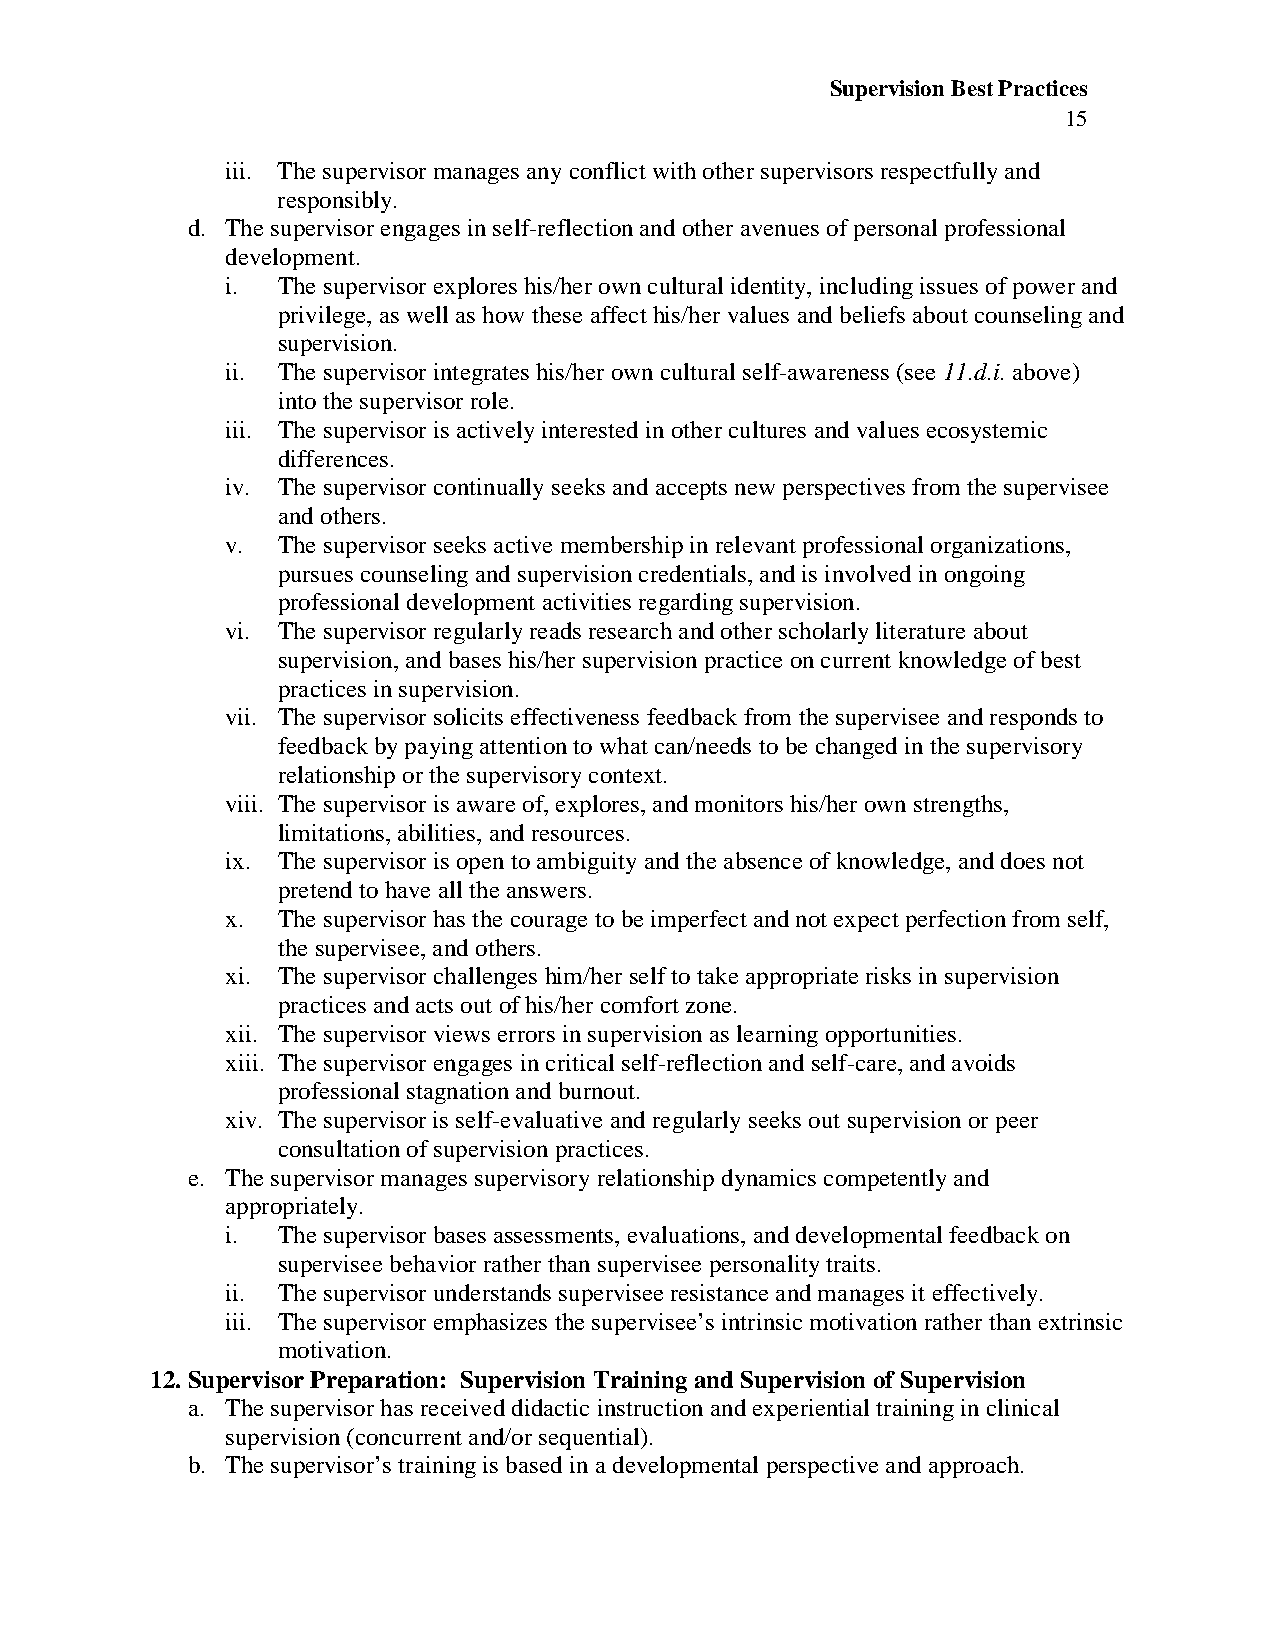
Supervision Best Practices
 15
 iii. The supervisor manages any conflict with other supervisors respectfully and
 responsibly.
 d. The supervisor engages in self-reflection and other avenues of personal professional
 development.
 i. The supervisor explores his/her own cultural identity, including issues of power and
 privilege, as well as how these affect his/her values and beliefs about counseling and
 supervision.
 ii. The supervisor integrates his/her own cultural self-awareness (see 11.d.i. above)
 into the supervisor role.
 iii. The supervisor is actively interested in other cultures and values ecosystemic
 differences.
 iv. The supervisor continually seeks and accepts new perspectives from the supervisee
 and others.
 v. The supervisor seeks active membership in relevant professional organizations,
 pursues counseling and supervision credentials, and is involved in ongoing
 professional development activities regarding supervision.
 vi. The supervisor regularly reads research and other scholarly literature about
 supervision, and bases his/her supervision practice on current knowledge of best
 practices in supervision.
 vii. The supervisor solicits effectiveness feedback from the supervisee and responds to
 feedback by paying attention to what can/needs to be changed in the supervisory
 relationship or the supervisory context.
 viii. The supervisor is aware of, explores, and monitors his/her own strengths,
 limitations, abilities, and resources.
 ix. The supervisor is open to ambiguity and the absence of knowledge, and does not
 pretend to have all the answers.
 x. The supervisor has the courage to be imperfect and not expect perfection from self,
 the supervisee, and others.
 xi. The supervisor challenges him/her self to take appropriate risks in supervision
 practices and acts out of his/her comfort zone.
 xii. The supervisor views errors in supervision as learning opportunities.
 xiii. The supervisor engages in critical self-reflection and self-care, and avoids
 professional stagnation and burnout.
 xiv. The supervisor is self-evaluative and regularly seeks out supervision or peer
 consultation of supervision practices.
 e. The supervisor manages supervisory relationship dynamics competently and
 appropriately.
 i. The supervisor bases assessments, evaluations, and developmental feedback on
 supervisee behavior rather than supervisee personality traits.
 ii. The supervisor understands supervisee resistance and manages it effectively.
 iii. The supervisor emphasizes the supervisee’s intrinsic motivation rather than extrinsic
 motivation.
 12. Supervisor Preparation: Supervision Training and Supervision of Supervision
 a. The supervisor has received didactic instruction and experiential training in clinical
 supervision (concurrent and/or sequential).
 b. The supervisor’s training is based in a developmental perspective and approach.